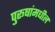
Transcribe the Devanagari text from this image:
पुरूषांमधील